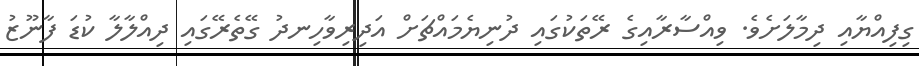
ގިފިއްޔާއި ދިމާލަށެވެ. ވިއްސާރާއިގެ ރޭތަކުގައި ދުނިޔެމައްޗަށް އަދިރިވާހިނދު ގޭތެރޭގައި ދިއްލާލާ ކުޑަ ފާނޫޒު